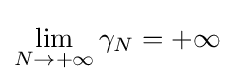
\lim _{N\to +\infty }\gamma _{N}=+\infty